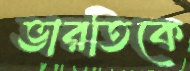
ভারতিকে